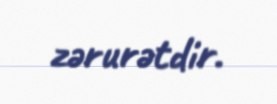
zərurətdir.